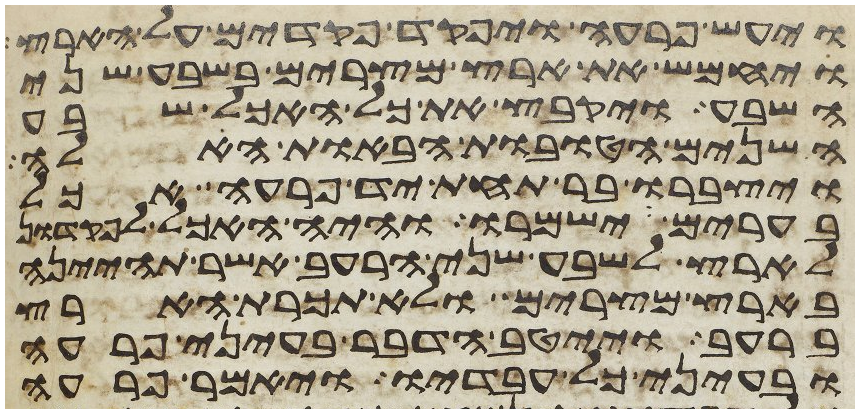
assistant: ויעש פרעה ויפקד פקדים על הארץ
ויחמש את ארץ מצרים בשבע שני
השבע ויקבץ את כל האכל שבע
השנים הטובות הבאות האלה
ויצברו בר תחת יד פרעה אכל
בערים וישמרו והיה האכל לפקדון
לארץ לשבע שני הרעב אשר תהינה
בארץ מצרים ולא תכרת הארץ
ברעב וייטב הדבר בעיני פרעה
ובעיני כל עבדיו ויאמר פרעה